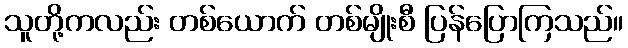
သူတို့ကလည်း တစ်ယောက် တစ်မျိုးစီ ပြန်ပြောကြသည်။